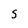
Character: S